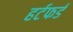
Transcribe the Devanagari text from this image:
हर्टफर्ड